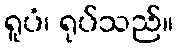
ရူပံ၊ ရုပ်သည်။